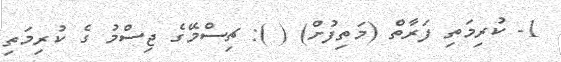
1- ކުރިމަތި ފަރާތް (މަތިފުށް) ( ): ޗިސްމޭގެ ޖިސްމު ގެ ކުރިމަތި